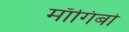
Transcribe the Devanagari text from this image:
माँगिबो